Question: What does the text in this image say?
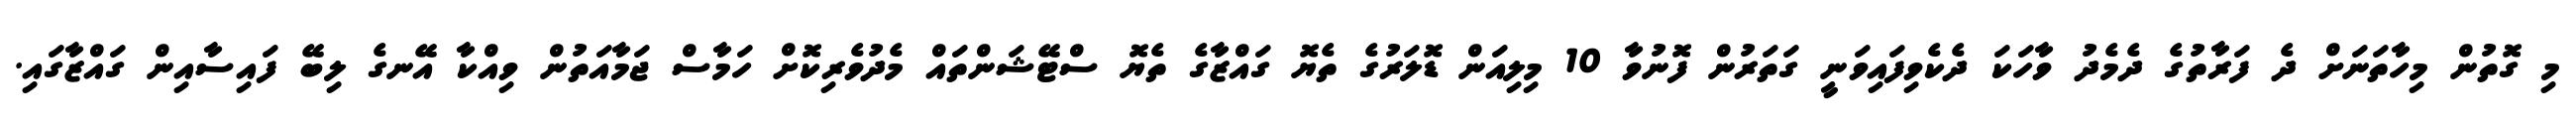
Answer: މި ގޮތުން މިހާތަނަށް ދެ ފަރާތުގެ ދެމެދު ވާހަކަ ދެކެވިފައިވަނީ ގަތަރުން ފޮނުވާ 10 މިލިއަން ޑޮލަރުގެ ތެޔޮ ގައްޒާގެ ތެޔޮ ސްޓޭޝަންތައް މެދުވެރިކޮށް ހަމާސް ޖަމާއަތުން ވިއްކާ އޭނގެ ލިބޭ ފައިސާއިން ގައްޒާގައި.